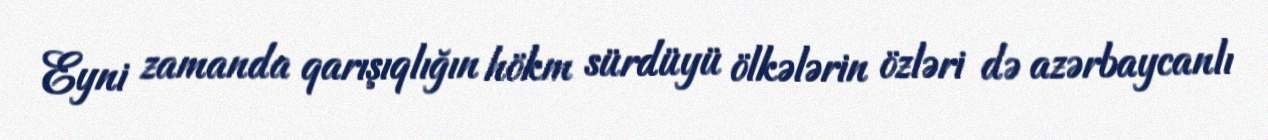
Eyni zamanda qarışıqlığın hökm sürdüyü ölkələrin özləri də azərbaycanlı